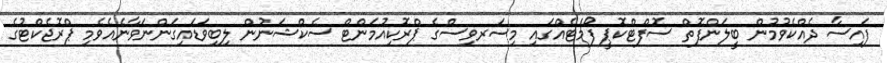
ފައިސާ ދެއްކެވުމުން ބީލަންފޮތް ސޮފްޓްކޮޕީ ފޯމެޓެއްގައި މިސަރވިސްގެ ޕްރޮކިއުމަންޓް ސެކްޝަނުން ލިބިވަޑައިގަންނަވާނެއެވެމި ޕްރޮޖެކްޓުގެ